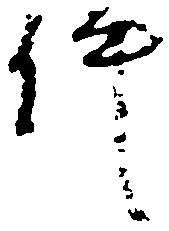
件